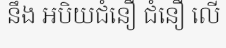
នឹង អបិយជំនឿ ជំនឿ លើ